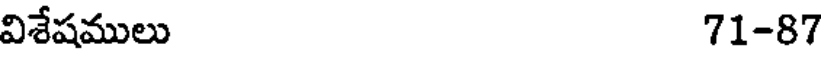
విశేషములు 71-87